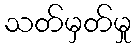
သတ်မှတ်မှု